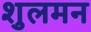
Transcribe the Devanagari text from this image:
शुलमन